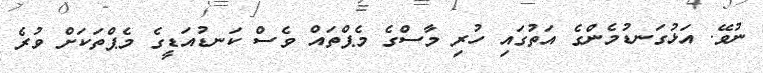
ނުވޭ. އަޅުގަނޑުމެންގެ އަތުގައި ހުރި މާސްގެ މެޕްތައް ވެސް ކަނޑުއަޑީގެ މެޕްތަކަށް ވުރެ